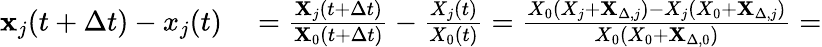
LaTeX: \begin{array}{rl}{\mathbf{x}_{j}(t+\Delta t)-x_{j}(t)}&{{}=\frac{\mathbf{X}_{j}(t+\Delta t)}{\mathbf{X}_{0}(t+\Delta t)}-\frac{X_{j}(t)}{X_{0}(t)}=\frac{X_{0}(X_{j}+\mathbf{X}_{\Delta,j})-X_{j}(X_{0}+\mathbf{X}_{\Delta,j})}{X_{0}(X_{0}+\mathbf{X}_{\Delta,0})}=}\end{array}